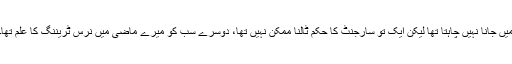
میں جانا نہیں چاہتا تھا لیکن ایک تو سارجنٹ کا حکم ٹالنا ممکن نہیں تھا، دوسرے سب کو میرے ماضی میں نرس ٹریننگ کا علم تھا۔